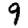
Digit: 9